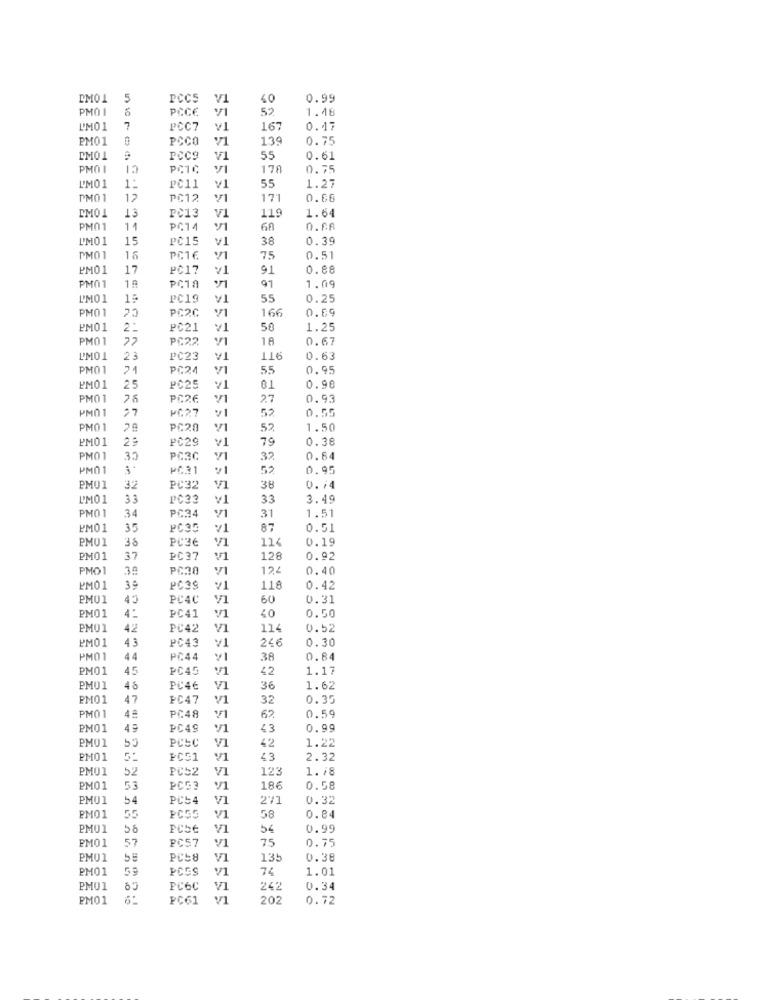
5
PCCs
V1
40
0.99
PMOI
6
PCCE
52
1.48
LM01
7
PCC7
¥1
167
0. 17
PM01
POCO
139
0.75
PM01
PCC9
V1
55
0.61
PMOI
178
0.75
55
1.27
"MO 1
1:
PC11
¥1
PM01
12
PC12
¥1
171
0.68
V1
119
1.64
13
PC13
PM01
11
PC14
Q.FA
L'M01
15
PC15
v1
38
0.39
PMO1
16
PC1€
75
0.51
PM01
17
PC17
¥1
91
0.88
PMO
1ª
PC10
97
1.09
L'MO1
15
PC19
55
0.25
PM01
25
PC2C
/1
166
0.69
PM01
2:
PC21
50
1.25
PM01
27
PC22
18
0.67
OTT
L'M01
23
PC23
¥1
0.63
PMO
24
PC24
55
0.95
0.90
PM01
25
PO25
01
PM01
PC26
27
0.93
PM01
27
PG27
52
0.55
PM01
21
PC20
52.
1.50
PM01
29
PC29
¥1
79
0.38
PM0 1
30
PC3C
32
0.64
PM01
3
PC31
52
0.95
PM01
32
PC32
V1
38
0.74
PM01
33
PC33
¥1
33
3.49
PM01
34
31
1.51
PC34
PM01
35
PC35
¥1
87
0.51
PMU1
38
PC36
V1
114
0.19
PM01
37
PC37
¥1
128
0.92
PMO1
PC30
12
0.40
PM01
35
PC39
¥1
118
0.42
PMU1
43
PC4C
V1
60
0.31
PM01
4º
0.50
PC41
40
PM01
42
PC42
V
114
0.52
43
PC43
¥1
246
0.30
PM01
PMO1
44
PC44
38
0.84
PM01
45
PC45
42
1.17
PMU1
48
PC46
VI
36
1.62
PM01
47
PC47
V1
32
0.35
PM01
4 ª
PC48
62
0.59
PM01
PC49
43
0.99
PM01
55
PCLC
V1
42
1.2:
PM01
FC51
V1
43
2.32
PMU1
52
PC52
V1
123
1./8
PMO1
53
PC53
V1
186
0.58
PM01
54
PC'S4
V1
271
0.32
o.e
PM01
55
FCGS
V1
58
PM01
58
PCbe
VI
54
0.99
PM01
57
PC57
75
0.75
PMU1
55
PCS8
V1
135
0.38
PM01
59
PCGS
V1
74
1.01
PM01
PC6C
V1
242
0.34
PM01
FC61
202
0.72